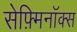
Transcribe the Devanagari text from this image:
सेफ़्मिनॉक्स